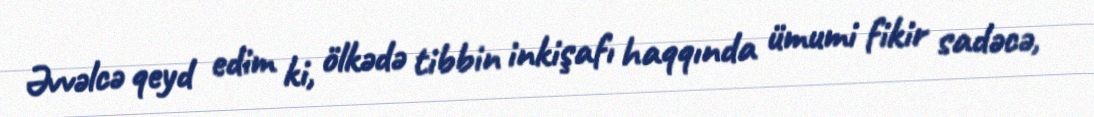
Əvvəlcə qeyd edim ki, ölkədə tibbin inkişafı haqqında ümumi fikir sadəcə,